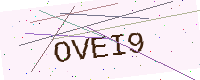
Text: OVEI9